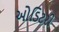
ઓડિટરી